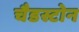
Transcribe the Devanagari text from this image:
चैडस्टोन